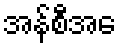
အန်စီအေ